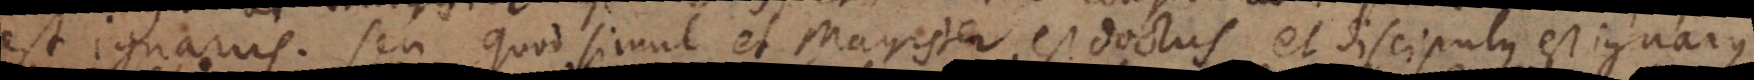
est ignarus. Seu quod simul et magister est doctus et discipulus est ignarus